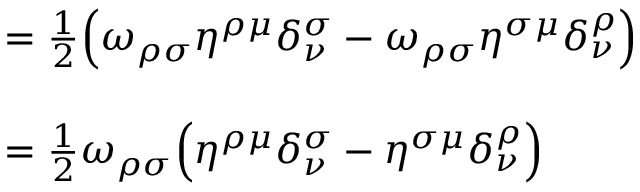
\begin{array} { r l } { \phantom { \omega _ { \rho \sigma } \eta ^ { \rho \mu } \delta _ { \nu } ^ { \sigma } } } & { = \frac { 1 } { 2 } \Big ( \omega _ { \rho \sigma } \eta ^ { \rho \mu } \delta _ { \nu } ^ { \sigma } - \omega _ { \rho \sigma } \eta ^ { \sigma \mu } \delta _ { \nu } ^ { \rho } \Big ) } \\ & { } \\ & { = \frac { 1 } { 2 } \omega _ { \rho \sigma } \Big ( \eta ^ { \rho \mu } \delta _ { \nu } ^ { \sigma } - \eta ^ { \sigma \mu } \delta _ { \nu } ^ { \rho } \Big ) } \end{array}